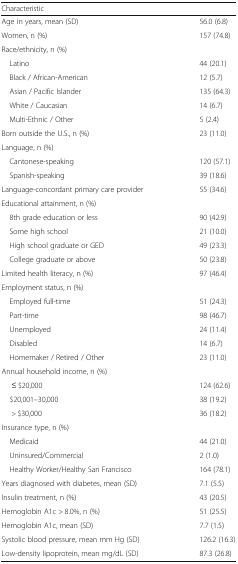
<table><thead><tr><td colspan="2"><b>Characteristic</b></td></tr></thead><tbody><tr><td>Age in years, mean (SD)</td><td>56.0 (6.8)</td></tr><tr><td>Women, n (%)</td><td>157 (74.8)</td></tr><tr><td colspan="2">Race/ethnicity, n (%)</td></tr><tr><td> Latino</td><td>44 (20.1)</td></tr><tr><td> Black / African-American</td><td>12 (5.7)</td></tr><tr><td> Asian / Pacific Islander</td><td>135 (64.3)</td></tr><tr><td> White / Caucasian</td><td>14 (6.7)</td></tr><tr><td> Multi-Ethnic / Other</td><td>5 (2.4)</td></tr><tr><td>Born outside the U.S., n (%)</td><td>23 (11.0)</td></tr><tr><td colspan="2">Language, n (%)</td></tr><tr><td> Cantonese-speaking</td><td>120 (57.1)</td></tr><tr><td> Spanish-speaking</td><td>39 (18.6)</td></tr><tr><td>Language-concordant primary care provider</td><td>55 (34.6)</td></tr><tr><td colspan="2">Educational attainment, n (%)</td></tr><tr><td> 8th grade education or less</td><td>90 (42.9)</td></tr><tr><td> Some high school</td><td>21 (10.0)</td></tr><tr><td> High school graduate or GED</td><td>49 (23.3)</td></tr><tr><td> College graduate or above</td><td>50 (23.8)</td></tr><tr><td>Limited health literacy, n (%)</td><td>97 (46.4)</td></tr><tr><td colspan="2">Employment status, n (%)</td></tr><tr><td> Employed full-time</td><td>51 (24.3)</td></tr><tr><td> Part-time</td><td>98 (46.7)</td></tr><tr><td> Unemployed</td><td>24 (11.4)</td></tr><tr><td> Disabled</td><td>14 (6.7)</td></tr><tr><td> Homemaker / Retired / Other</td><td>23 (11.0)</td></tr><tr><td colspan="2">Annual household income, n (%)</td></tr><tr><td>≤ $20,000</td><td>124 (62.6)</td></tr><tr><td> $20,001–30,000</td><td>38 (19.2)</td></tr><tr><td>&gt; $30,000</td><td>36 (18.2)</td></tr><tr><td colspan="2">Insurance type, n (%)</td></tr><tr><td> Medicaid</td><td>44 (21.0)</td></tr><tr><td> Uninsured/Commercial</td><td>2 (1.0)</td></tr><tr><td> Healthy Worker/Healthy San Francisco</td><td>164 (78.1)</td></tr><tr><td>Years diagnosed with diabetes, mean (SD)</td><td>7.1 (5.5)</td></tr><tr><td>Insulin treatment, n (%)</td><td>43 (20.5)</td></tr><tr><td>Hemoglobin A1c &gt; 8.0%, n (%)</td><td>51 (25.5)</td></tr><tr><td>Hemoglobin A1c, mean (SD)</td><td>7.7 (1.5)</td></tr><tr><td>Systolic blood pressure, mean mm Hg (SD)</td><td>126.2 (16.3)</td></tr><tr><td>Low-density lipoprotein, mean mg/dL (SD)</td><td>87.3 (26.8)</td></tr></tbody></table>